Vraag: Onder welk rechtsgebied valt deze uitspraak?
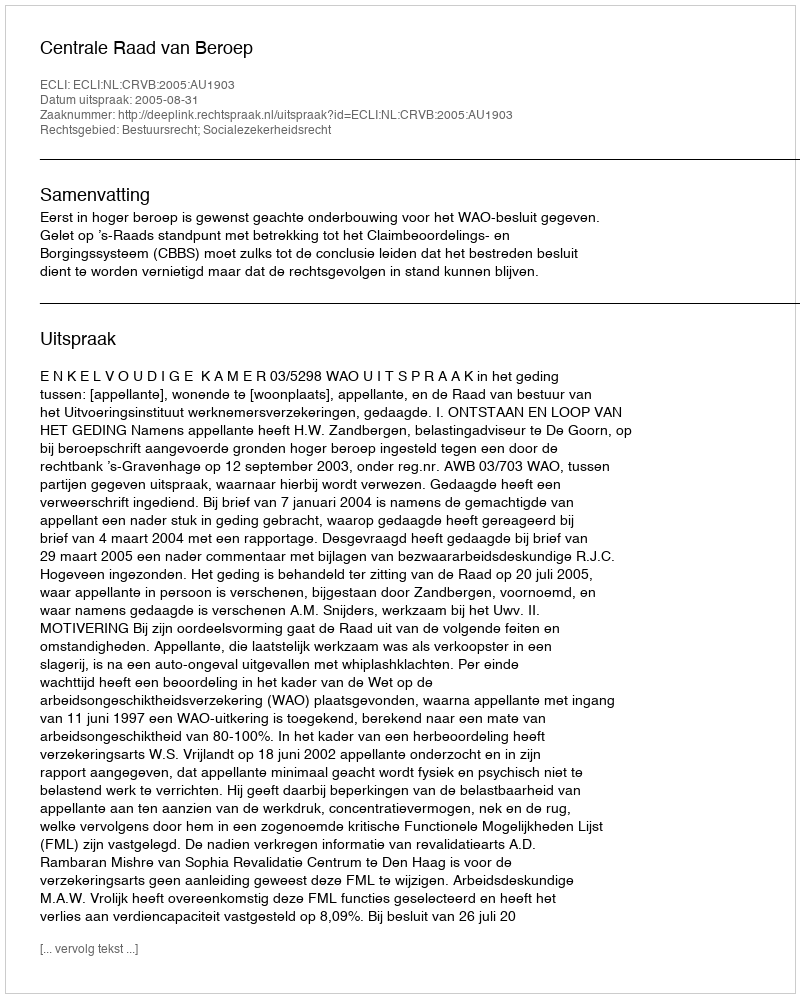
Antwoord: Bestuursrecht; Socialezekerheidsrecht